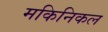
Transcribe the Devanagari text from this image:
मकिनिकल